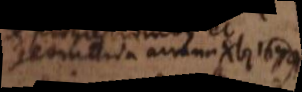
geometria arcana Xb 1674